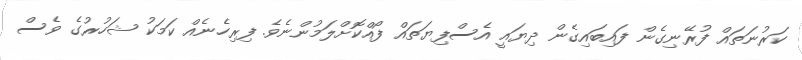
ކަރުނަތައް ފުރޭނިގެން ފައިބައިގެން ދިޔައީ އެސްފިޔަތައް ފޯއްކޮށްލަމުންނެވެ. ފިރިހެނެއް ކަމަކު ޝަހުރުގެ ވެސް